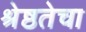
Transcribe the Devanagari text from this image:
श्रेष्ठतेचा